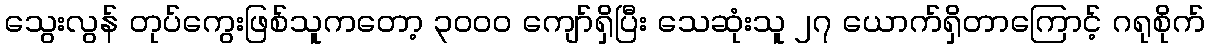
သွေးလွန် တုပ်ကွေးဖြစ်သူကတော့ ၃၀၀၀ ကျော်ရှိပြီး သေဆုံးသူ ၂၇ ယောက်ရှိတာကြောင့် ဂရုစိုက်